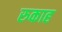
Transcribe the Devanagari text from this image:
रुकाह